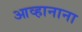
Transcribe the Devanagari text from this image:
आव्हानाना